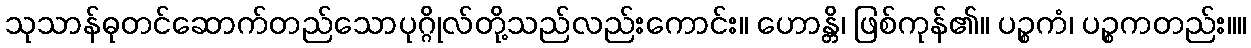
သုသာန်ဓုတင်ဆောက်တည်သောပုဂ္ဂိုလ်တို့သည်လည်းကောင်း။ ဟောန္တိ၊ ဖြစ်ကုန်၏။ ပဉ္စကံ၊ ပဉ္စကတည်း။။